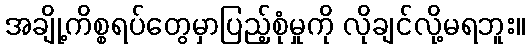
အချို့ကိစ္စရပ်တွေမှာပြည့်စုံမှုကို လိုချင်လို့မရဘူး။